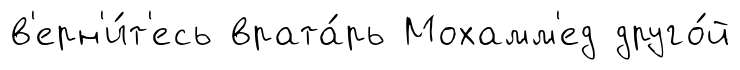
в'ерн'и́т'есь врата́рь Мохамм'ед друго́й